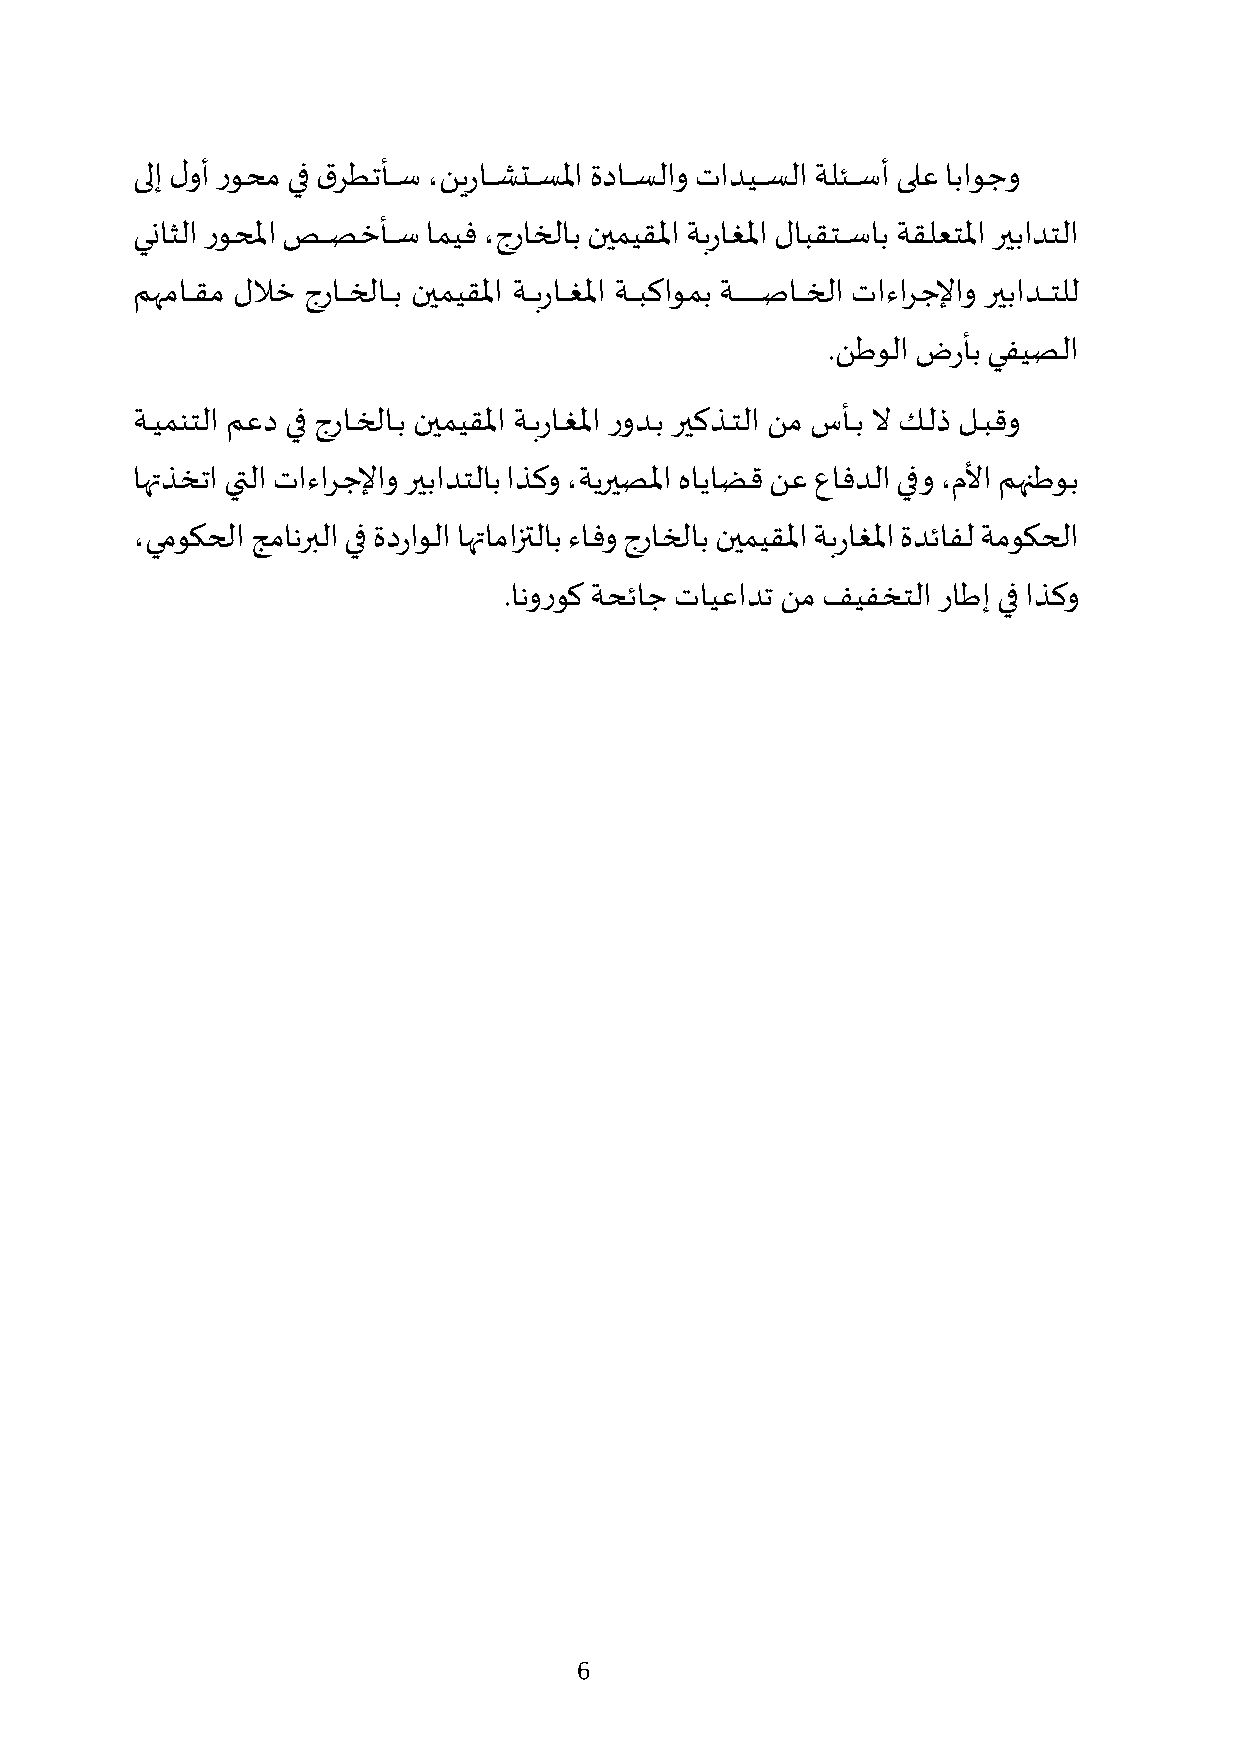
ىلإ لوأ روحم يف رطتأفففففس ،نيرافففففشتفففففسلما ةدافففففسلاو تاديفففففسلا ةلئفففففسأ ىلع اباوجو
 يناثلا روحلما زفففففصخأفففففس اميف ،جراخلاب نيميقلما ةبراغلما لابقتفففففساب ةقلعتلما ريبادتلا
 مهمافففففقم للاخ جرافففففخلافففففب نيميقلما ةفففففبرافففففغلما ةفففففبكاومب ةفففففففففففففففففصافففففخلا تاءارجلإاو ريبادفففففتلل
 .نطولا ضرأب يفيصلا
 ةففيمنتلا معد يف جراففخلاففب نيميقلما ةففبراففغلما رودففب ريكذففتلا نم سأففب لا كففلذ لففبقو
 اهتذختا يتلا تاءارجلإاو ريبادتلاب اذكو ،ةيريصلما هاياضق نع عافدلا يفو ،ملأا مهنطوب
 ،يموكحلا جمانربلا يف ةدراولا اهتامازتلاب ءافو جراخلاب نيميقلما ةبراغلما ةدئافل ةموكحلا
 .انوروك ةحئاج تايعادت نم فيفختلا راطإ يف اذكو
 6